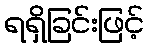
ရရှိခြင်းဖြင့်